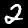
Label: 2